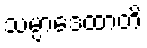
သမ္ပာဒေထာတိ